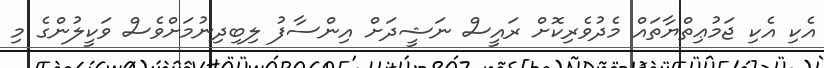
އެކި އެކި ޖަމުޢިތްޔާތައް މެދުވެރިކޮށް ރައީސް ނަޝީދަށް އިންސާފު ލިބިދިނުމަށްވެސް ވަކީލުންގެ މި